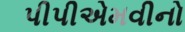
પીપીએમવીનો